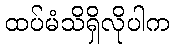
ထပ်မံသိရှိလိုပါက